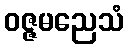
ဝဇ္ဇမညေသံ